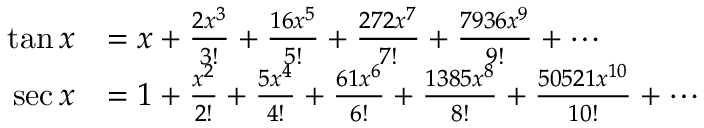
{ \begin{array} { r l } { \tan x } & { = x + { \frac { 2 x ^ { 3 } } { 3 ! } } + { \frac { 1 6 x ^ { 5 } } { 5 ! } } + { \frac { 2 7 2 x ^ { 7 } } { 7 ! } } + { \frac { 7 9 3 6 x ^ { 9 } } { 9 ! } } + \cdots } \\ { \sec x } & { = 1 + { \frac { x ^ { 2 } } { 2 ! } } + { \frac { 5 x ^ { 4 } } { 4 ! } } + { \frac { 6 1 x ^ { 6 } } { 6 ! } } + { \frac { 1 3 8 5 x ^ { 8 } } { 8 ! } } + { \frac { 5 0 5 2 1 x ^ { 1 0 } } { 1 0 ! } } + \cdots } \end{array} }